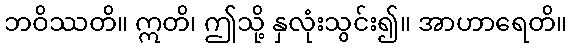
ဘဝိဿတိ။ ဣတိ၊ ဤသို့ နှလုံးသွင်း၍။ အာဟာရေတိ။